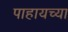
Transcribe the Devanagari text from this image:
पाहायच्या